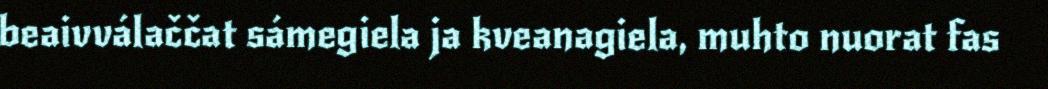
beaivválaččat sámegiela ja kveanagiela, muhto nuorat fas